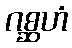
ဂစ္ဆဟံ